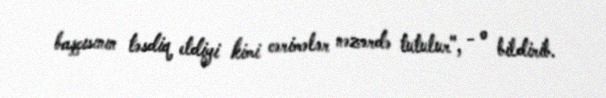
başçısının təsdiq etdiyi kimi cərimələr nəzərdə tutulur", - o bildirib.